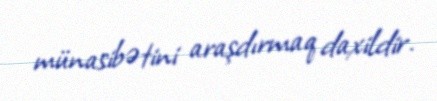
münasibətini araşdırmaq daxildir.